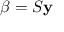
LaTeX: { \boldsymbol { \beta } } = S \mathbf { y }